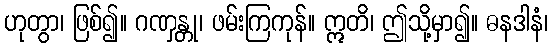
ဟုတွာ၊ ဖြစ်၍။ ဂဏှန္တု၊ ဖမ်းကြကုန်။ ဣတိ၊ ဤသို့မှာ၍။ ဓနဒါနံ၊